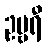
ဥဗ္ဗရီ